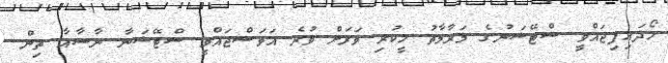
ހޯދައިފިޖައްވީ ސްޓޭޝަނުގެ މަރާމާތު ހީކުރި ވަރަށް ވުރެ އަވަސްޖައްވީ ސްޓޭޝަނާ ނާސާއާ ތިން